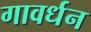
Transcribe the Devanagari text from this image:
गावर्धन